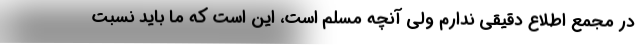
در مجمع اطلاع دقیقی ندارم ولی آنچه مسلم است، این است که ما باید نسبت